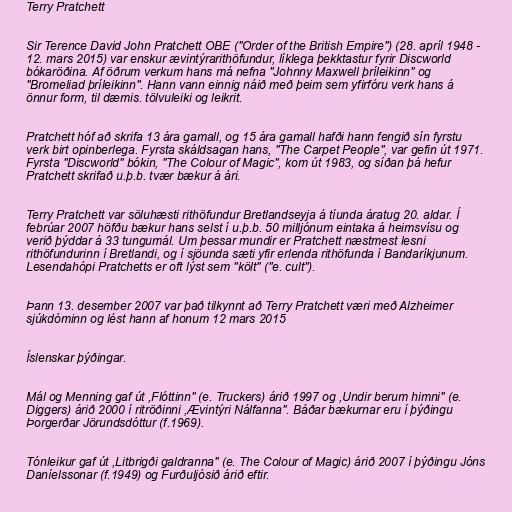
Terry Pratchett

Sir Terence David John Pratchett OBE ("Order of the British Empire") (28. apríl 1948 -
12. mars 2015) var enskur ævintýrarithöfundur, líklega þekktastur fyrir Discworld
bókaröðina. Af öðrum verkum hans má nefna "Johnny Maxwell þríleikinn" og
"Bromeliad þríleikinn". Hann vann einnig náið með þeim sem yfirfóru verk hans á
önnur form, til dæmis. tölvuleiki og leikrit.

Pratchett hóf að skrifa 13 ára gamall, og 15 ára gamall hafði hann fengið sín fyrstu
verk birt opinberlega. Fyrsta skáldsagan hans, "The Carpet People", var gefin út 1971.
Fyrsta "Discworld" bókin, "The Colour of Magic", kom út 1983, og síðan þá hefur
Pratchett skrifað u.þ.b. tvær bækur á ári.

Terry Pratchett var söluhæsti rithöfundur Bretlandseyja á tíunda áratug 20. aldar. Í
febrúar 2007 höfðu bækur hans selst í u.þ.b. 50 milljónum eintaka á heimsvísu og
verið þýddar á 33 tungumál. Um þessar mundir er Pratchett næstmest lesni
rithöfundurinn í Bretlandi, og í sjöunda sæti yfir erlenda rithöfunda í Bandaríkjunum.
Lesendahópi Pratchetts er oft lýst sem "költ" ("e. cult").

Þann 13. desember 2007 var það tilkynnt að Terry Pratchett væri með Alzheimer
sjúkdóminn og lést hann af honum 12 mars 2015

Íslenskar þýðingar.

Mál og Menning gaf út ,Flóttinn" (e. Truckers) árið 1997 og ,Undir berum himni" (e.
Diggers) árið 2000 í ritröðinni ,Ævintýri Nálfanna". Báðar bækurnar eru í þýðingu
Þorgerðar Jörundsdóttur (f.1969).

Tónleikur gaf út ,Litbrigði galdranna" (e. The Colour of Magic) árið 2007 í þýðingu Jóns
Daníelssonar (f.1949) og Furðuljósið árið eftir.